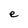
Character: e